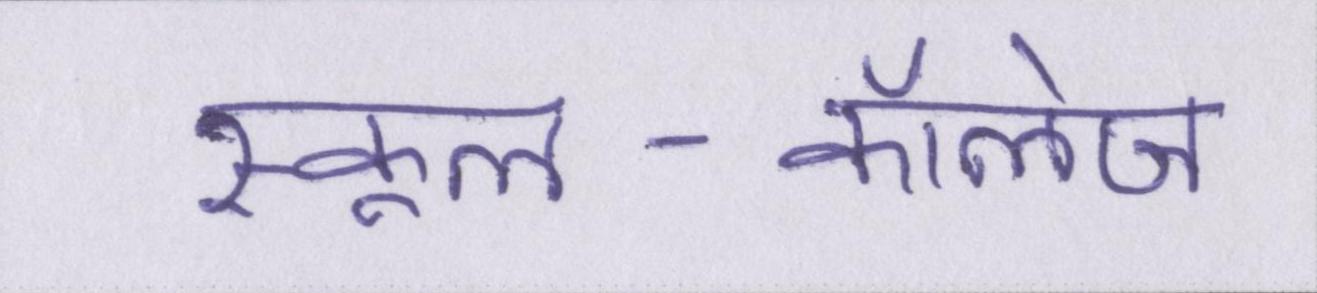
स्कूल-कॉलेज